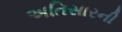
અતિસારની